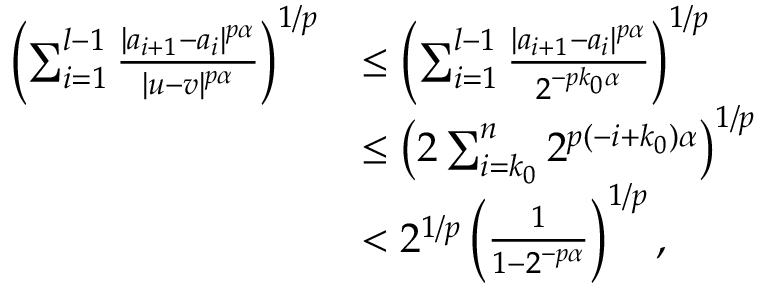
\begin{array} { r l } { \left( \sum _ { i = 1 } ^ { l - 1 } \frac { | a _ { i + 1 } - a _ { i } | ^ { p \alpha } } { | u - v | ^ { p \alpha } } \right) ^ { 1 / p } } & { \leq \left( \sum _ { i = 1 } ^ { l - 1 } \frac { | a _ { i + 1 } - a _ { i } | ^ { p \alpha } } { 2 ^ { - p k _ { 0 } \alpha } } \right) ^ { 1 / p } } \\ & { \leq \left( 2 \sum _ { i = k _ { 0 } } ^ { n } 2 ^ { p ( - i + k _ { 0 } ) \alpha } \right) ^ { 1 / p } } \\ & { < 2 ^ { 1 / p } \left( \frac 1 { 1 - 2 ^ { - p \alpha } } \right) ^ { 1 / p } \mathrm { , } } \end{array}